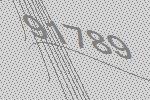
91789